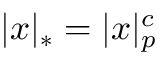
| x | _ { * } = | x | _ { p } ^ { c }